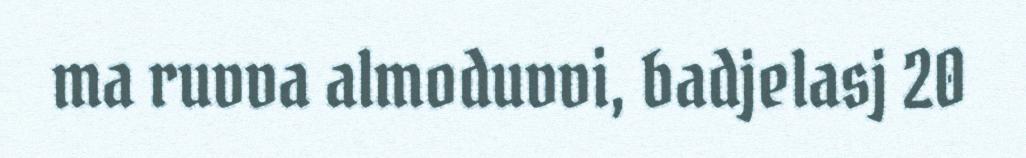
ma ruvva almoduvvi, badjelasj 20